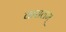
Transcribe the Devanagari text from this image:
करालम्